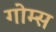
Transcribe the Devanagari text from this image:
गोम्‍स